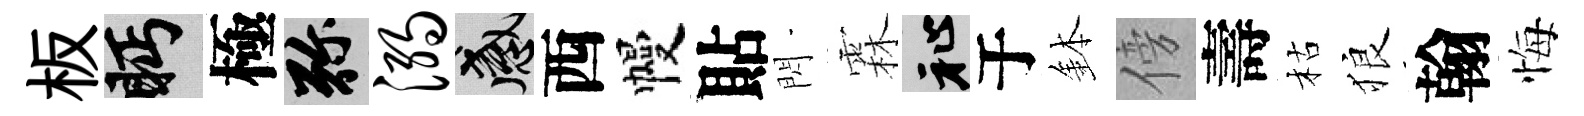
板眄極弥溺感西幔貼閃霖祉于鉢傍壽枯狼翰悔